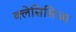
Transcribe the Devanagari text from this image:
क्लेसिसिज्म